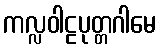
ကလ္လဝါဠပုတ္တဂါမေ